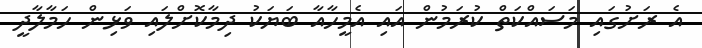
އެ ރަށުގައި މަސައްކަތް ކުރަމުން އައި އެމީހާއާ ބަޔަކު ދިމާކޮށްލައި ވަޅިން ހަަމާލާދީ